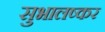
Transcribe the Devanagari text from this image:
सुभालष्कर